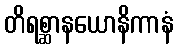
တိရစ္ဆာနယောနိကာနံ